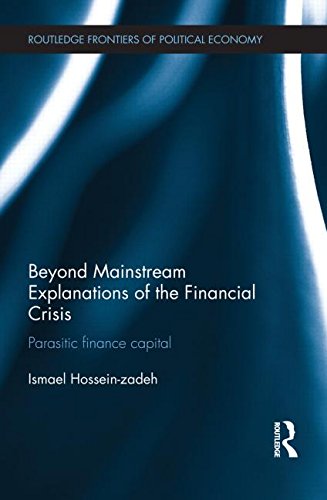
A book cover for Beyond Mainstream Explanations of the Financial Crisis: Parasitic Finance Capital; Ismael Hossein-zadeh; Business & Money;